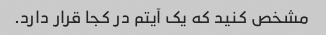
مشخص کنید که یک آیتم در کجا قرار دارد.